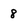
Character: 8